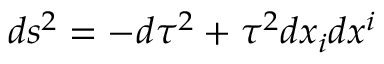
d s ^ { 2 } = - d \tau ^ { 2 } + \tau ^ { 2 } d x _ { i } d x ^ { i }